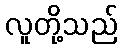
လူတို့သည်